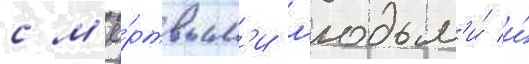
с м'ё́ртвым'и л'юдьм'и́ и́